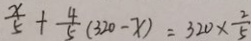
\frac { x } { 5 } + \frac { 4 } { 5 } ( 3 2 0 - x ) = 3 2 0 \times \frac { 2 } { 5 }